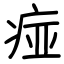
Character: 痖